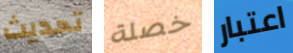
تحديث خصلة اعتبار